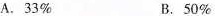
A.33% B.50%